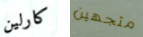
كارلين متجهين